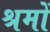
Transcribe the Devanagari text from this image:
श्रमों